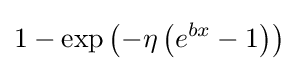
1-\exp \left(-\eta \left(e^{bx}-1\right)\right)